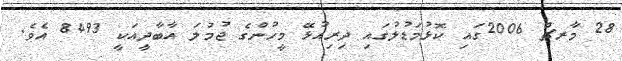
28 މާރޗް 2006ގައި ކޮޅުމަޑުލުގައި ދިރިއުޅޭ މީހުންގެ ޖުމުލަ އާބާދީއަކީ 8493 އެވެ.